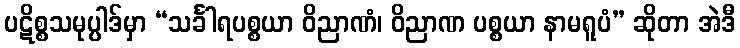
ပဋိစ္စသမုပ္ပါဒ်မှာ “သင်္ခါရပစ္စယာ ဝိညာဏံ၊ ဝိညာဏ ပစ္စယာ နာမရူပံ” ဆိုတာ အဲဒီ